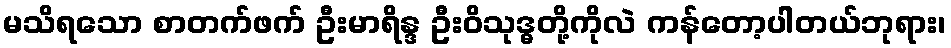
မသိရသော စာတက်ဖက် ဦးမာရိန္ဒ ဦးဝိသုဒ္ဓတို့ကိုလဲ ကန်တော့ပါတယ်ဘုရား၊